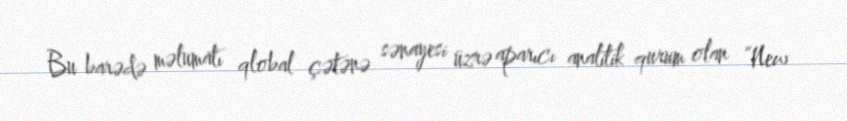
Bu barədə məlumatı qlobal çətənə sənayesi üzrə aparıcı analitik qurum olan “New